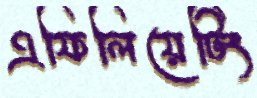
এফিলিয়েটিং